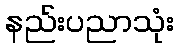
နည်းပညာသုံး